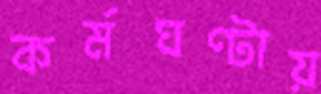
কর্মঘণ্টায়